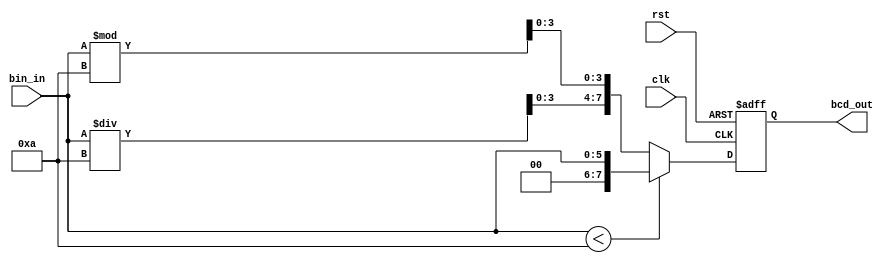
//----------------------------------------------------------------------------
// bcd_convert.v
// ---------------------------------------------------------------------------

module bcd_convert(clk, rst, bin_in, bcd_out);
input clk, rst;
input [5:0] bin_in;
output reg [7:0] bcd_out;
reg [3:0] half1, half2;
reg [7:0] calculated;

always @(bin_in)
begin
   if(bin_in<10)
	calculated = {2'b0, bin_in};
   else begin
	half1 = bin_in / 10;
	half2 = bin_in % 10;
	calculated = {half1, half2};
   end
end
always @(negedge clk or negedge rst)
begin
   if(!rst) bcd_out <= 8'bz;
   else bcd_out <= calculated;
end
endmodule